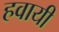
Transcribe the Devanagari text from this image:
हवायी